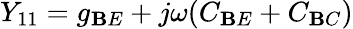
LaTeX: Y_{11}=g_{\mathbf{B}E}+j\omega(C_{\mathbf{B}E}+C_{\mathbf{B}C})